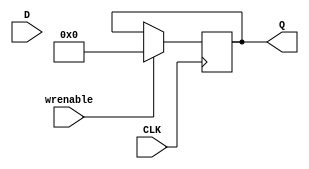
module reg32zero
(
output reg[0:31] Q,
input[0:31]   D,
input		wrenable,
input		CLK
);
  always @(posedge CLK)begin
    if (wrenable)begin
      Q <= 32'b0;
    end
  end

endmodule // reg32zero